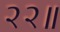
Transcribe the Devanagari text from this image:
२२॥